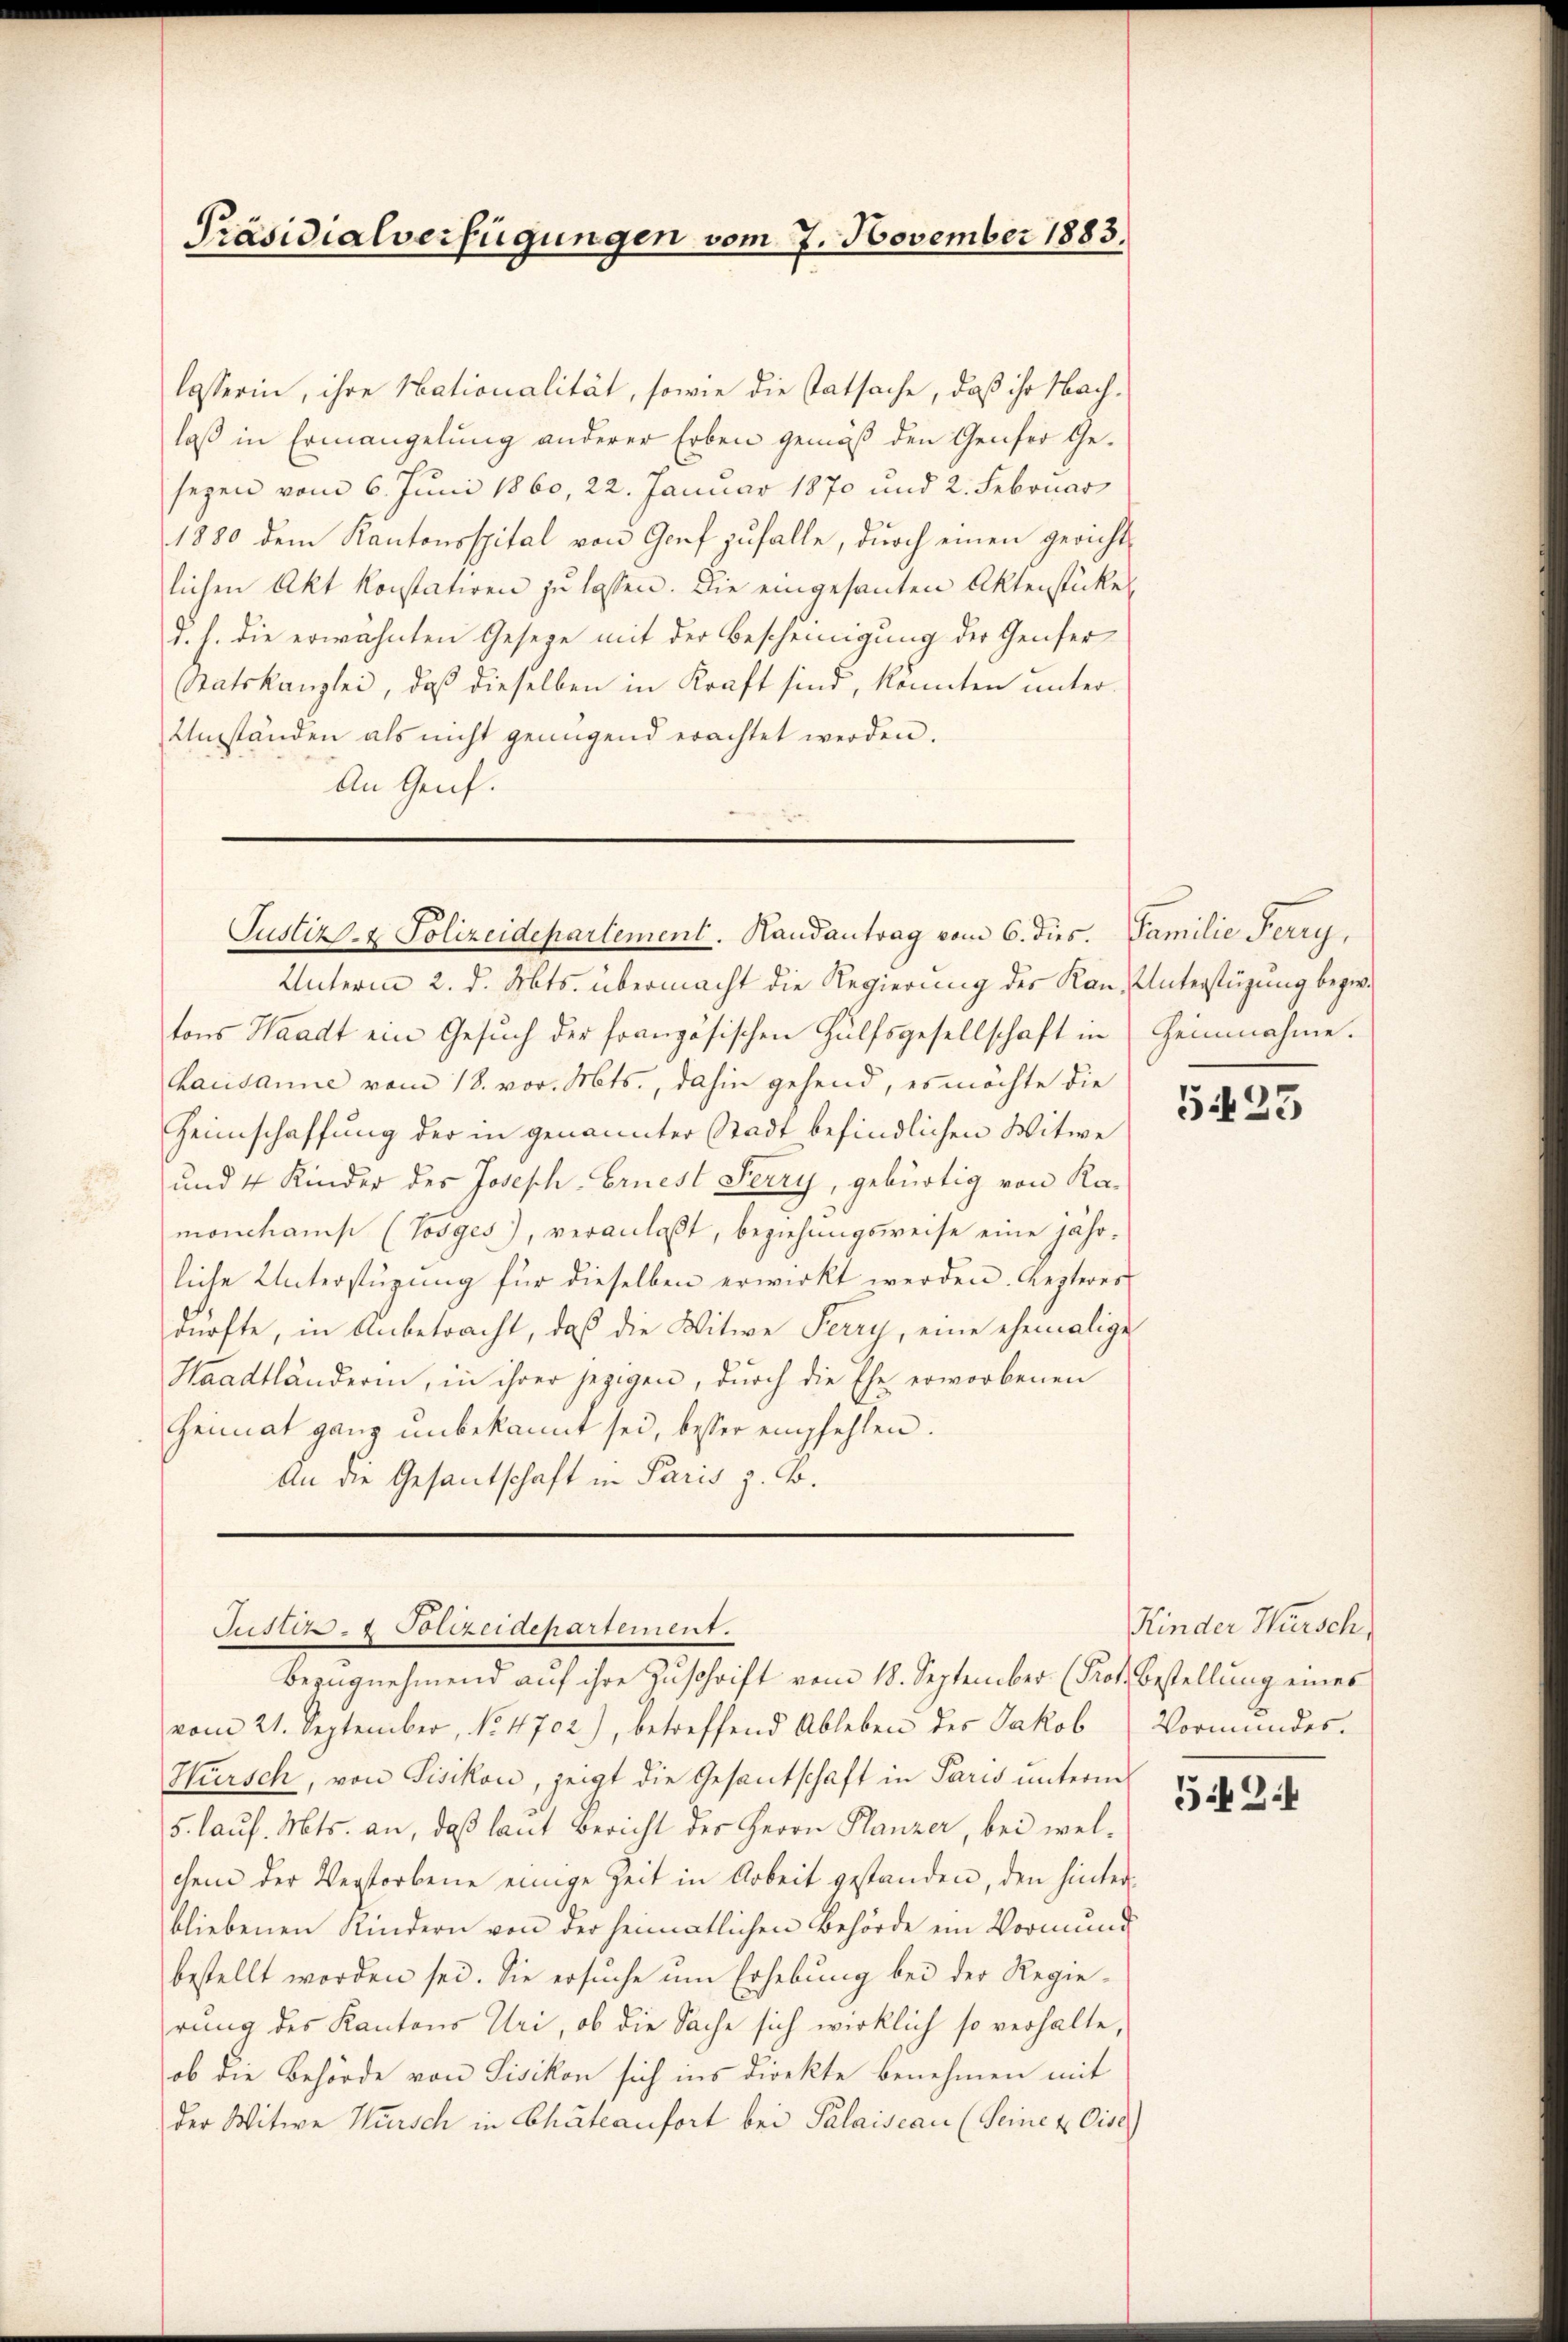
Präsidialverfügungen vom 7. November 1883.

lasserin, ihre Nationalität, sowie die statsache, daß ihr Nachlaß in Ermangelung anderer Erben gemäß den Genfer Gesegen vom 6. Juni 1860, 22. Januar 1870 und 2. Februar
1880 dem Kantonsspital von Genf zufalle, durch einen gerichtlichen Akt konstatiren zu lassen. Die eingesanten Aktenstückes
d. h. die erwähnten Geseze mit der Bescheinigung der Genfer
Ratskanzlei, daß dieselben in Kraft sind, könnten unter
Umständen als nicht genügend erachtet werden.
An Genf.

Justiz- & Polizeidepartement. Handantrag vom 6. dies.

Justiz- & Polizeidepartement.
Bezugnehmend auf ihre Zuschrift vom 18. September (Prof. Bestellung eines

vom 21. September, No 1702), betreffend Ableben des Jakob Vormŭndes-
Hursch, von Fisikon, zeigt die Gesantschaft in Paris unterm
5. lauf. Mts. an, daß laut Bericht des Herrn Planzer, bei welchem der Verstorbene einige Zeit in Arbeit gestanden, den hinterbliebenen Kindern von der heimatlichen Behörde ein Vormund
bestellt worden sei. Sie ersuche um Erhebung bei der Regierung des Kantons Uri, ob die Sache sich wirklich so verhalte,
ob die Behörde von Fisikon sich ins Direkte benehmen mit
der Witwe Wursch in Chateau fort bei Palaiseau (Seine & Cise)

Unterm 2. d. Mts. übermacht die Regierung des Kan Unterstüzung bezw.
tons Waadt ein Gesŭch der französischen Hülfsgesellschaft in Heinnahme.
hausanne vom 18. vor. Mts., dahin gehend, es möchte die
Heimschaffung der in genannter Stadt befindlichen Witwe
und 4 Kinder des Joseph-Ernest Serry, gebürtig von Kamonchams (Tosges), veranlaßt, beziehungsweise eine jährliche Unterstüzung für dieselben erwirkt werden. Lezteres
dürfte, in Anbetracht, daß die Witwe Ferrn, eine ehemalige
Haadtländerin, in ihrer jezigen, durch die Ehe erworbenen
Heimat ganz unbekannt sei, besser empfehlen.
An die Gesandschaft in Paris z. B.

Familie Fary,

5423

Kinder Hursch

5.2.1